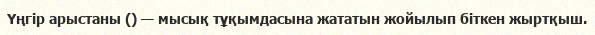
Үңгір арыстаны () — мысық тұқымдасына жататын жойылып біткен жыртқыш.